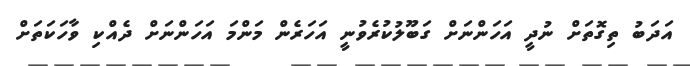
އަދަބު ތިގޮތަށް ނުދީ އަަހަންނަށް ގަބޫލުކުރެވުނީ އަހަރެން މަންމަ އަހަންނަށް ދެއްކި ވާހަކަތަށް